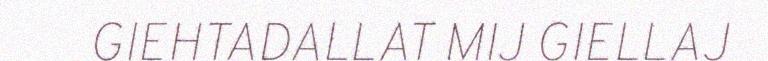
GIEHTADALLAT MIJ GIELLAJ